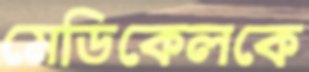
মেডিকেলকে